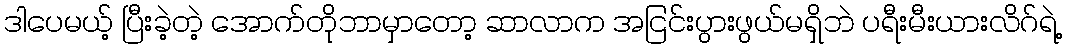
ဒါပေမယ့် ပြီးခဲ့တဲ့ အောက်တိုဘာမှာတော့ ဆာလာက အငြင်းပွားဖွယ်မရှိဘဲ ပရီးမီးယားလိဂ်ရဲ့